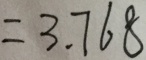
= 3 . 7 6 8